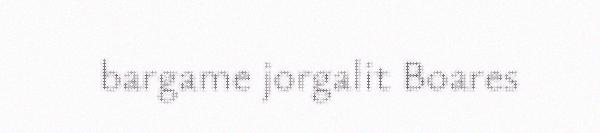
bargame jorgalit Boares